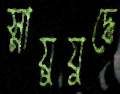
স্নায়ুযুদ্ধে